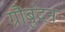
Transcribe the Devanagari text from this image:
ग्रौबुंदन